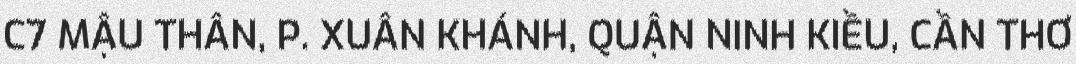
C7 MẬU THÂN, P. XUÂN KHÁNH, QUẬN NINH KIỀU, CẦN THƠ